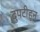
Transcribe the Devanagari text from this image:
दुपटीहून